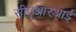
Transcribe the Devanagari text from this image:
सीएआरआई